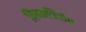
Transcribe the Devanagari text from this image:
विषमनिरोध